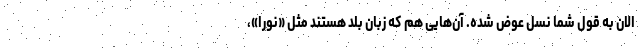
الان به قول شما نسل عوض شده. آن‌هایی هم که زبان بلد هستند مثل «نورا»،